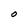
Character: O